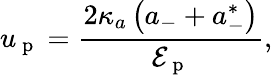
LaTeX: u_{\mathrm{~p~}}=\frac{2\kappa_{a}\left(a_{-}+a_{-}^{*}\right)}{\mathcal{E}_{\mathrm{~p~}}},